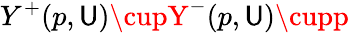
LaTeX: Y^{+}(p,\mathsf{U})\cupY^{-}(p,\mathsf{U})\cupp